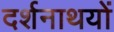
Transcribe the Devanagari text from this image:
दर्शनाथयों